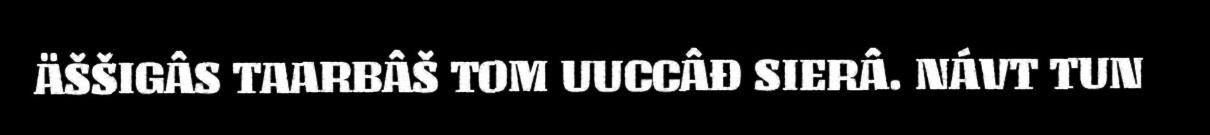
ÄŠŠIGÂS TAARBÂŠ TOM UUCCÂĐ SIERÂ. NÁVT TUN